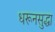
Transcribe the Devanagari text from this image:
धरूनसुद्धा